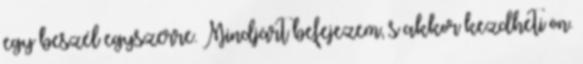
egy beszél egyszerre. Mindjárt befejezem, s akkor kezdheti ön.